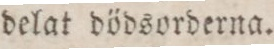
delat dödsorderna.